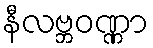
နီလဗ္ဘဝဏ္ဏာ